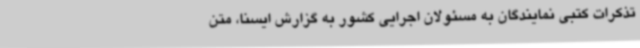
تذکرات کتبی نمایندگان به مسئولان اجرایی کشور به گزارش ایسنا، متن